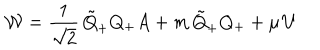
LaTeX: { \cal { W } } = \frac { 1 } { \sqrt { 2 } } \, \tilde { Q } _ { + } Q _ { + } A + m \, \tilde { Q } _ { + } Q _ { + } + \mu \, U